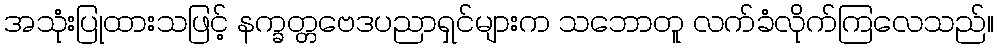
အသုံးပြုထားသဖြင့် နက္ခတ္တဗေဒပညာရှင်များက သဘောတူ လက်ခံလိုက်ကြလေသည်။